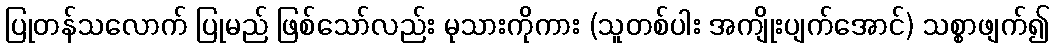
ပြုတန်သလောက် ပြုမည် ဖြစ်သော်လည်း မုသားကိုကား (သူတစ်ပါး အကျိုးပျက်အောင်) သစ္စာဖျက်၍